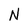
Character: N